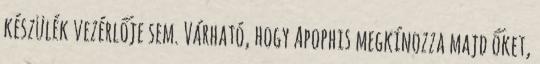
készülék vezérlője sem. Várható, hogy Apophis megkínozza majd őket,